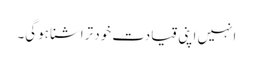
انہیں اپنی قیادت خود تراشنا ہوگی۔